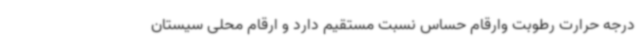
درجه حرارت رطوبت وارقام حساس نسبت مستقیم دارد و ارقام محلی سیستان